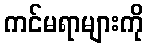
ကင်မရာများကို